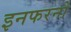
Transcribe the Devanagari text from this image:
इनफरनो